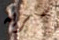
سريه